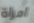
امراة